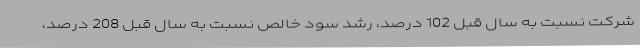
شرکت نسبت به سال قبل 102 درصد، رشد سود خالص نسبت به سال قبل 208 درصد،